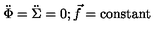
\ddot { \Phi } = \ddot { \Sigma } = 0 ; { \vec { f } } = \mathrm { c o n s t a n t }